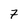
Character: 7